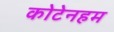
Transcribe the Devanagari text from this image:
कोटेनहम